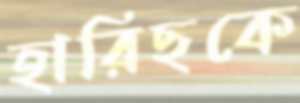
হারিছকে